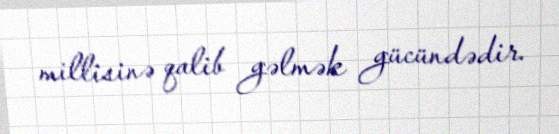
millisinə qalib gəlmək gücündədir.